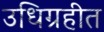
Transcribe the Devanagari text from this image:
उधिग्रहीत